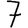
Digit: 7